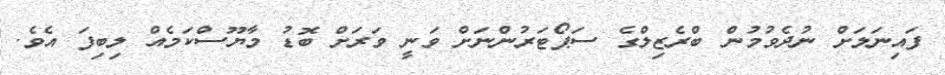
ފައިނަލަށް ނުދެވުމުން ބްރެޒިލްގެ ސަޕޯޓަރުންނަށް ވަނީ ވަރަށް ބޮޑު މާޔޫސްކަމެއް ލިބިފަ އެވެ.